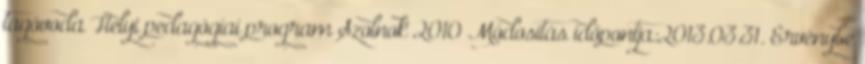
tagóvoda Helyi pedagógiai program Szolnok 2010 Módosítás időpontja:2013.03.31. Érvénybe